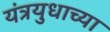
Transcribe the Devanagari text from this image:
यंत्रयुधाच्या